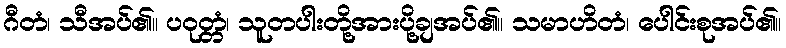
ဂီတံ၊ သီအပ်၏။ ပဝုတ္တံ၊ သူတပါးတို့အားပို့ချအပ်၏။ သမာဟိတံ၊ ပေါင်းစုအပ်၏။